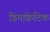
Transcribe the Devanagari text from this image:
डिमाक्रेटिक